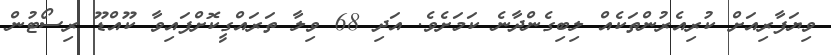
ވިޔަފާރިއަށް ކުރިއެރުންތަކެއް ލިބިގެންދާނެ ކަމަށެވެ. އަދި 68 ވިލާ ތަރައްގީކޮށްފައިވާ ކޫއްޑޫ ރިސޯޓުން